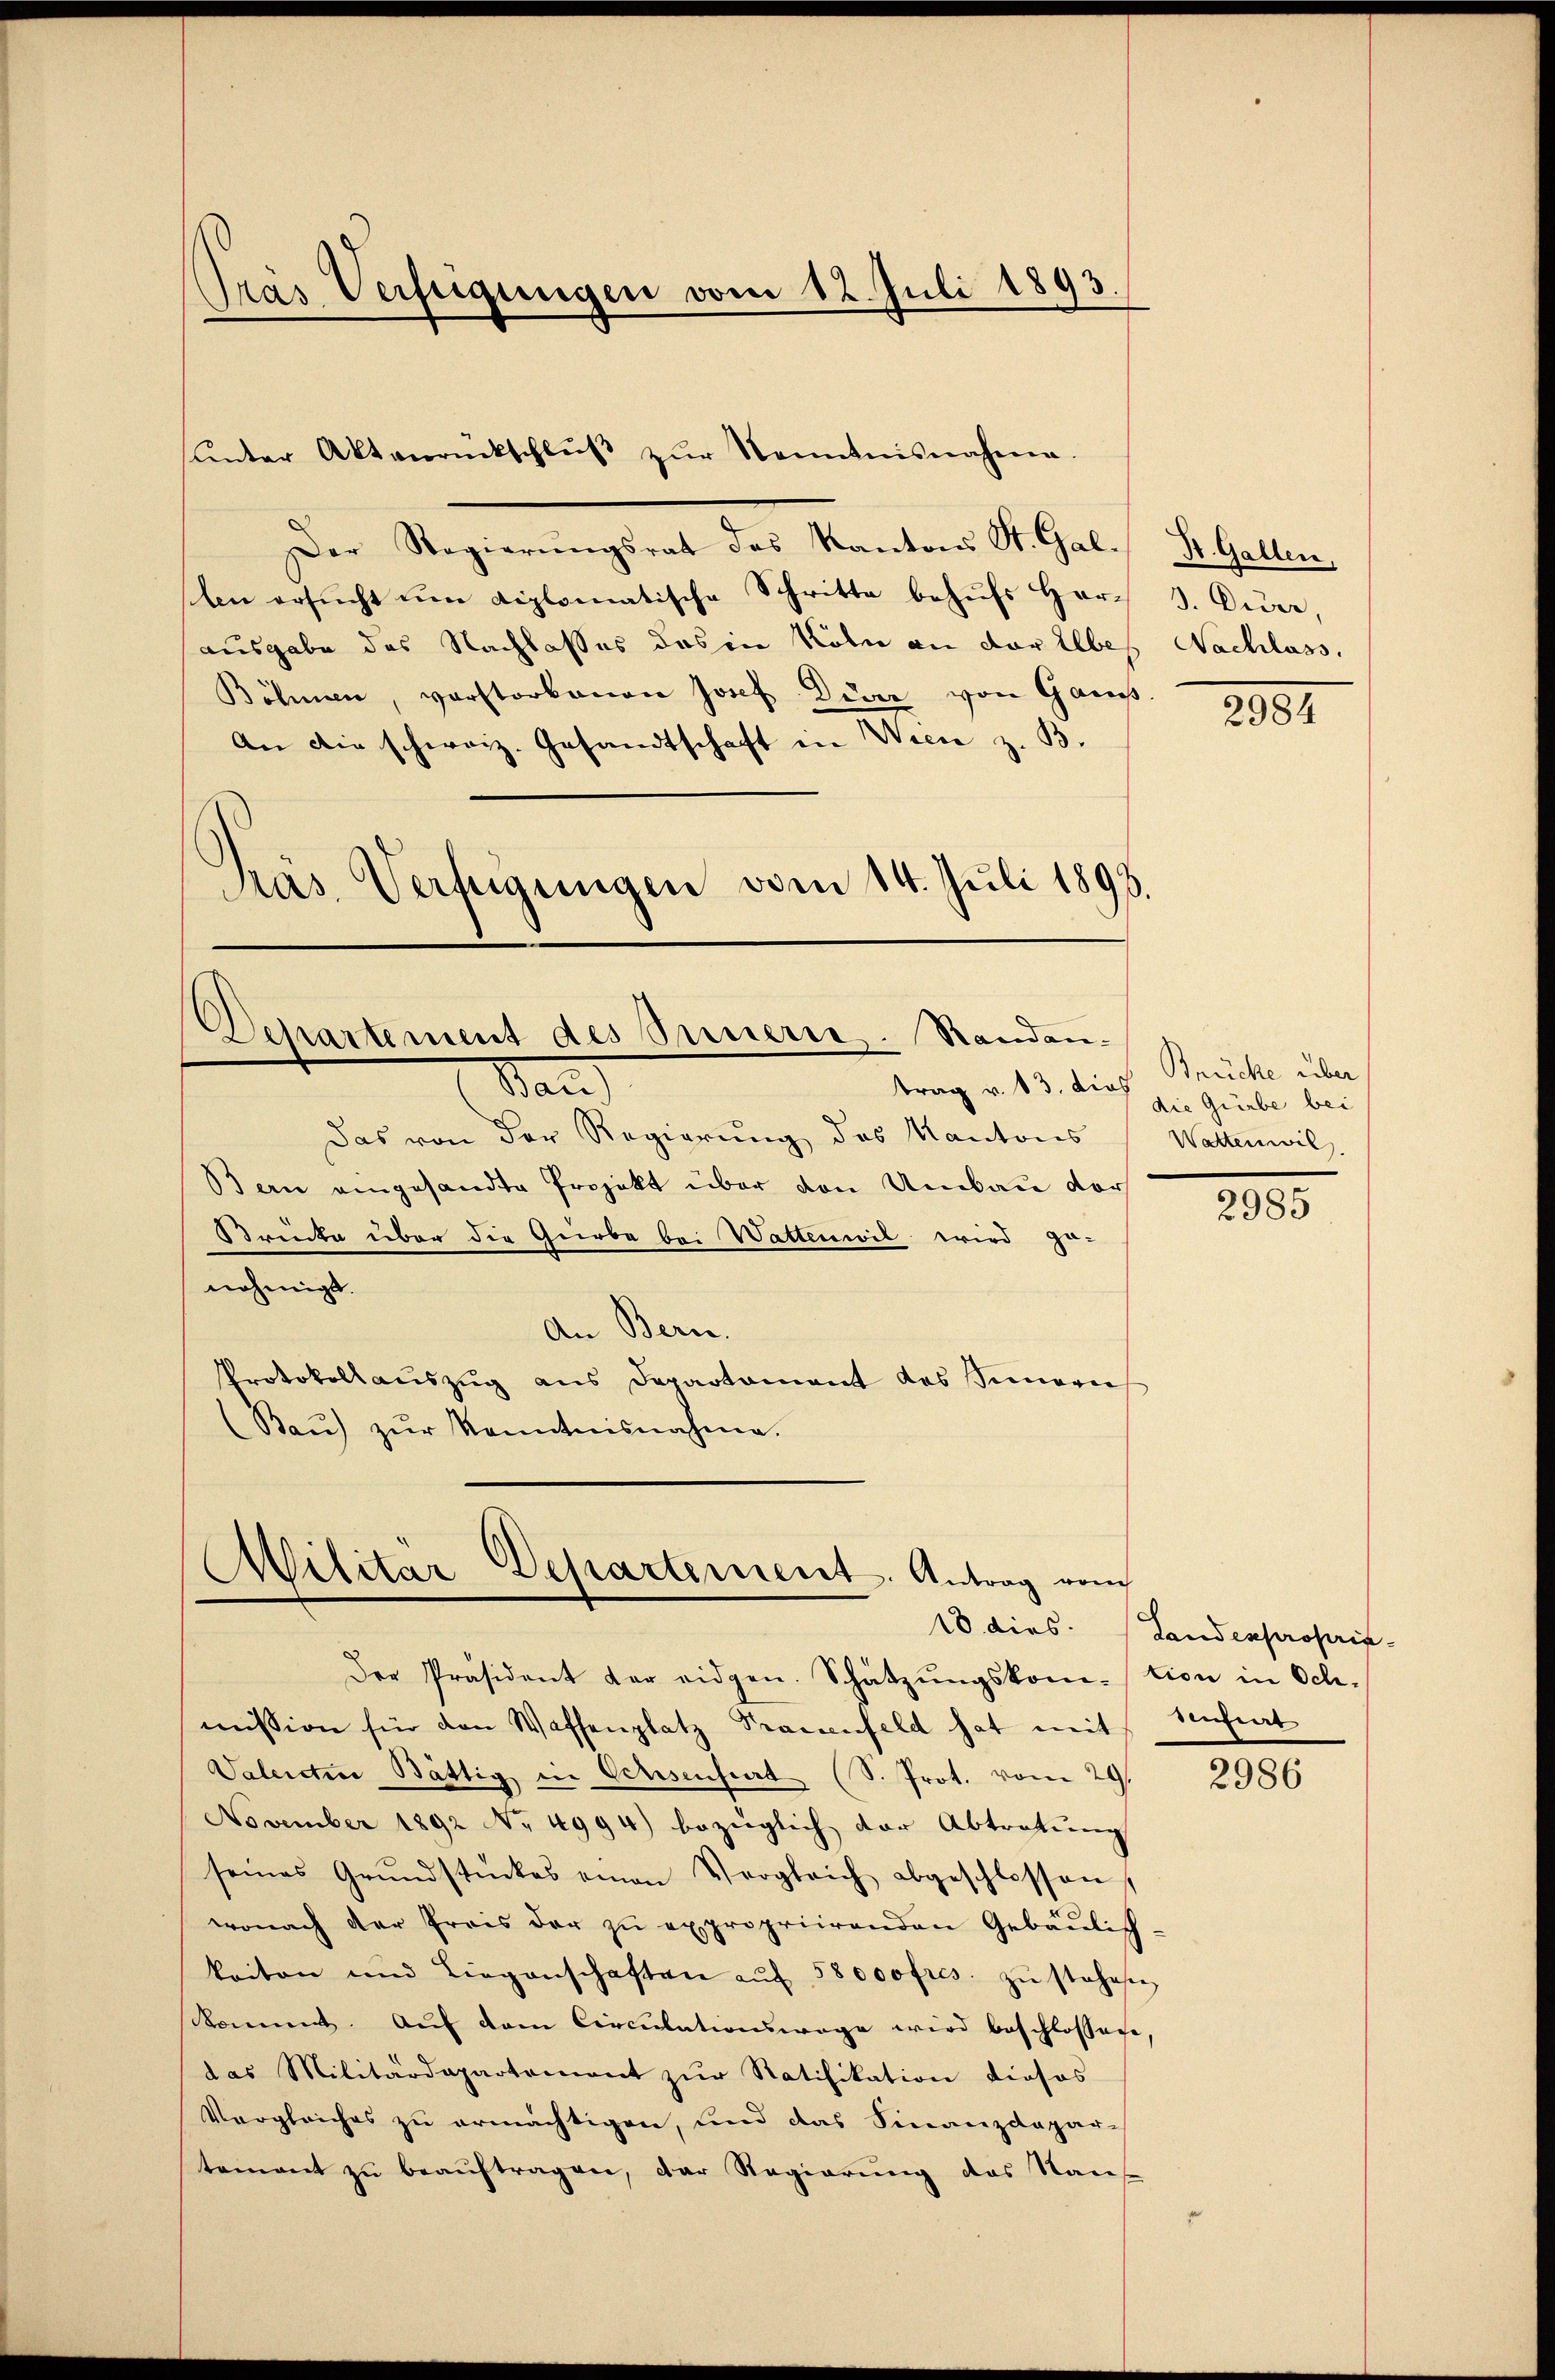
Der Regierŭngsrat des Kantons St. Gal-
len ersucht um diplomatische Schritte behufs Herausgabe das Nachlasses das in Köln an der Elbes
Böhmen, verstorbenen Josef Die von Gan
An die schweiz. Gesandtschaft in Wien z. B.
Präs. Verfügungen vom 14. Juli 1893.

Pras Verfeigungen vom 12. Juli 1893

ŭnter Aktenrückschlŭβ zŭr Kenntnisnahme.

.
Departement des Sauerte. Standen.
trag v. 13. dies
dan

Das von der Regierung des Kantons
Bern eingesandte Projekt über den Umbau vor
Strücke über die Gürbe bei Wattenwil wird ga-
nehmigt.
An Bern.
Protokollauszug aus Departament des Sinnern
Baŭ zŭr Kenntnisnahme.

Militär Departement. Antrag vom

mission für den Waffenplatz Praienfeld hat mit Anfrat
Valenten Bättig in Ochsenfiert (S. Prot. vom 29.
November 1892 No 4994) bezüglich der Abtretung
seines Grŭndstückes einen Vergleich abgeschlossen,
wonach der Preis der zŭ expropriirenden Gebäŭlich-
keiten und Liegenschaften aŭf 58 000 fres. zŭ steheste
kommt. Auf dem Circulationswage wird beschlossen
das Militärdepartement zur Ratifikation dieses
Vergleiches zu ermächtigen, und das Finanzdepar-
tement zŭ beaŭftragen, der Regierung das Nan

Der Präsident der eidgen. Schätzŭngskom-tion in Sch.

St. Gallen,
3. Diver,
Nachlass.

2082

Brücke über
die Gürbe bei
Watten wil.

2985

10. dies. (Landespropria

2986